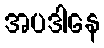
အပဒါနေ